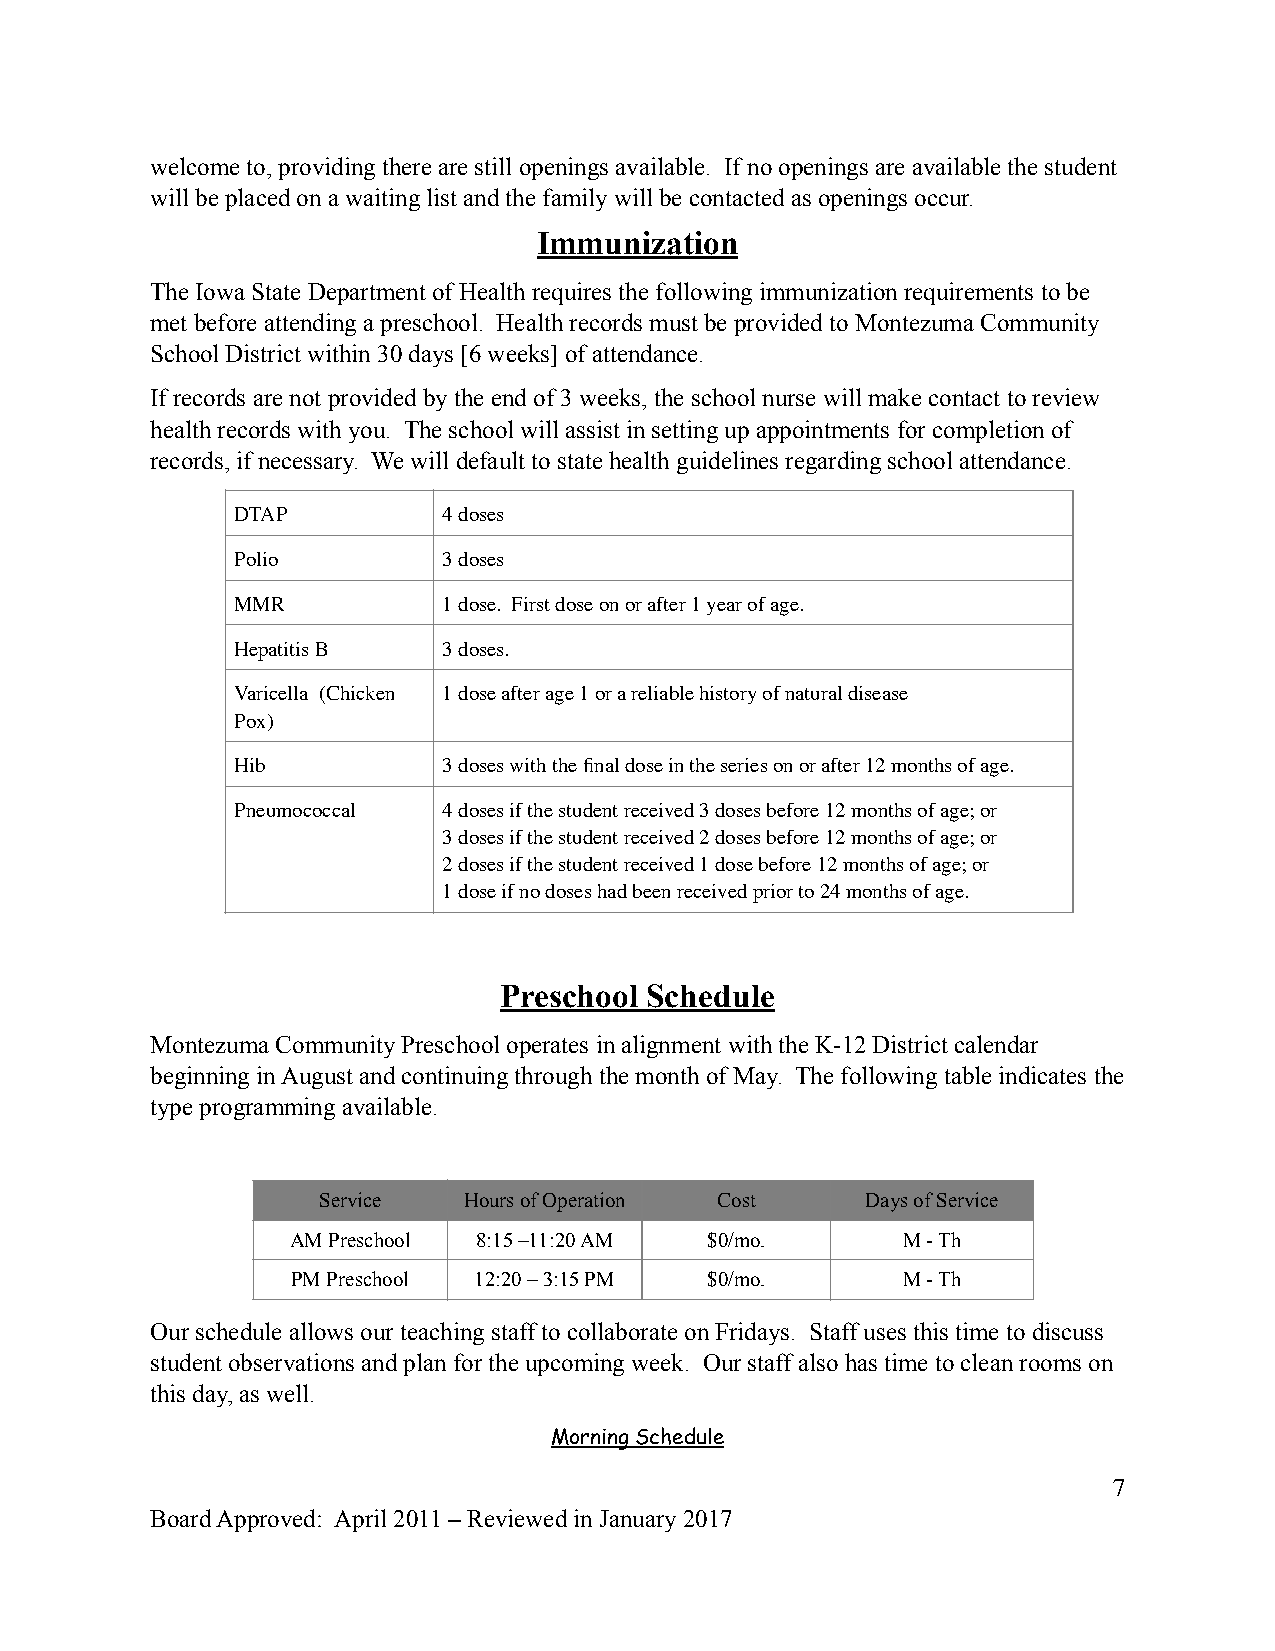
welcome to, providing there are still openings available. If no openings are available the student
 will be placed on a waiting list and the family will be contacted as openings occur.
 Immunization
 The Iowa State Department of Health requires the following immunization requirements to be
 met before attending a preschool. Health records must be provided to Montezuma Community
 School District within 30 days [6 weeks] of attendance.
 If records are not provided by the end of 3 weeks, the school nurse will make contact to review
 health records with you. The school will assist in setting up appointments for completion of
 records, if necessary. We will default to state health guidelines regarding school attendance.
 DTAP         4 doses
 Polio        3 doses
 MMR          1 dose. First dose on or after 1 year of age.
 Hepatitis B  3 doses.
 Varicella (Chicken 1 dose after age 1 or a reliable history of natural disease
 Pox)
 Hib          3 doses with the final dose in the series on or after 12 months of age.
 Pneumococcal 4 doses if the student received 3 doses before 12 months of age; or
 3 doses if the student received 2 doses before 12 months of age; or
 2 doses if the student received 1 dose before 12 months of age; or
 1 dose if no doses had been received prior to 24 months of age.
 Preschool Schedule
 Montezuma Community Preschool operates in alignment with the K-12 District calendar
 beginning in August and continuing through the month of May. The following table indicates the
 type programming available.
 Service   Hours of Operation Cost   Days of Service
 AM Preschool 8:15 –11:20 AM $0/mo.       M - Th
 PM Preschool 12:20 – 3:15 PM $0/mo.      M - Th
 Our schedule allows our teaching staff to collaborate on Fridays. Staff uses this time to discuss
 student observations and plan for the upcoming week. Our staff also has time to clean rooms on
 this day, as well.
 Morning Schedule
 7
 Board Approved: April 2011 – Reviewed in January 2017